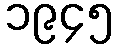
၁၉၄၅